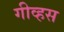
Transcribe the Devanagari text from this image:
गीव्हस